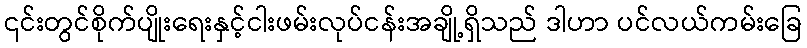
၎င်းတွင်စိုက်ပျိုးရေးနှင့်ငါးဖမ်းလုပ်ငန်းအချို့ရှိသည် ဒါဟာ ပင်လယ်ကမ်းခြေ